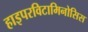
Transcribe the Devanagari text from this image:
हाइपरविटामिनोसिस